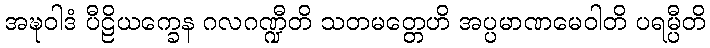
အဍ္ဎဝါဒံ ပီဠိယက္ခေန ဂလဂဏ္ဍီတိ သတမတ္တေဟိ အပ္ပမာဏမေဝါတိ ပရမ္ပီတိ